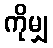
ကိုမျှ